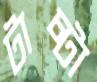
টাচ্টা